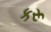
કરૂ